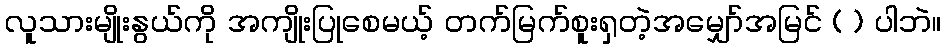
လူသားမျိုးနွယ်ကို အကျိုးပြုစေမယ့် တက်မြက်စူးရှတဲ့အမျှော်အမြင် ( ) ပါဘဲ။